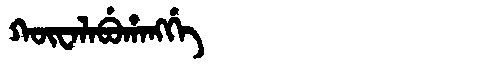
Manchu: ᡴᡡᠸᠠᠯᠠᠪᡠᡥᠠᠩᡤᡝ
Romanization: KŪWALABUHANGGE